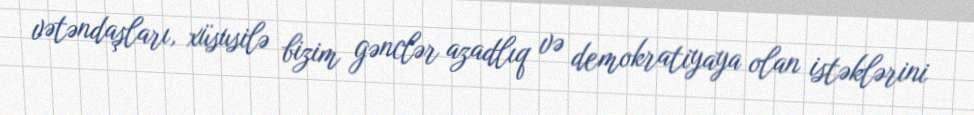
vətəndaşları, xüsusilə bizim gənclər azadlıq və demokratiyaya olan istəklərini